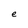
Character: e